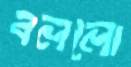
বললো